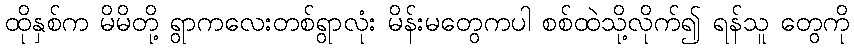
ထိုနှစ်က မိမိတို့ ရွာကလေးတစ်ရွာလုံး မိန်းမတွေကပါ စစ်ထဲသို့လိုက်၍ ရန်သူ တွေကို